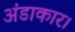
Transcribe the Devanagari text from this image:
अंडाकार।